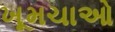
ખૂમચાઓ